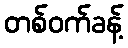
တစ်ဝက်ခန့်